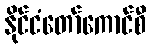
နိုင်ငံတော်ကောင်စီ